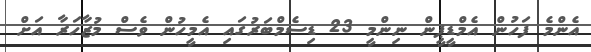
އެންމެ ފަހުން އެމްޑީޕީން ނިންމީ 23 ޑިސެމްބަރުގައި އެމީހުން ވެސް މުޒާހަރާ އަށް